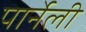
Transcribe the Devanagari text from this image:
पार्नेली